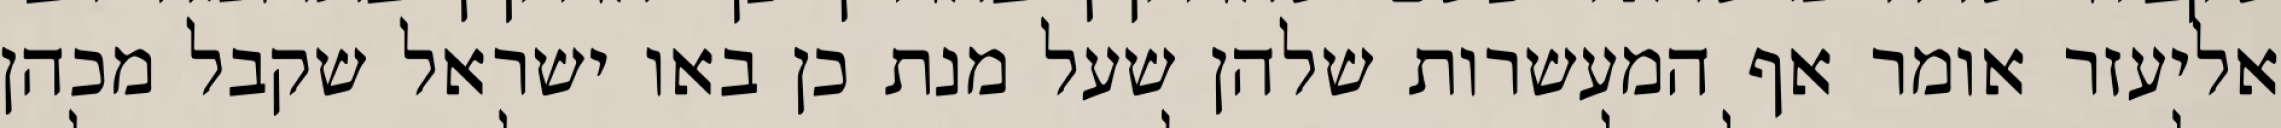
אליעזר אומר אף המעשרות שלהן שעל מנת כן באו ישראל שקבל מכהן